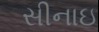
સીનાઇ